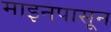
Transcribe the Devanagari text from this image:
माइनपासून